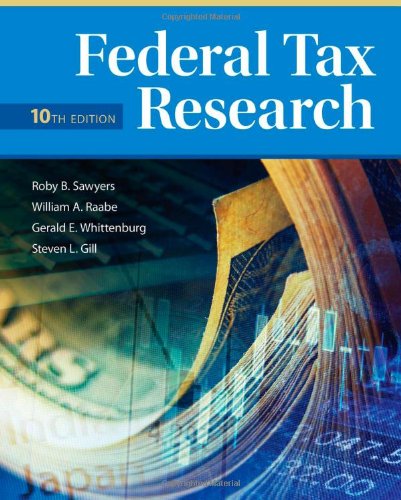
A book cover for Federal Tax Research; Roby Sawyers; Business & Money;